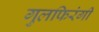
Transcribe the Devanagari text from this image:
गुलफिरंगी